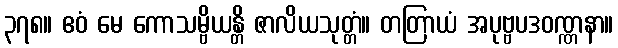
၃၇၈။ ဧဝံ မေ ကောသမ္ဗိယန္တိ ဇာလိယသုတ္တံ။ တတြာယံ အပုဗ္ဗပဒဝဏ္ဏနာ။